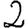
Digit: 2